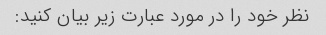
نظر خود را در مورد عبارت زیر بیان کنید: